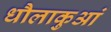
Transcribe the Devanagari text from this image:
धौलाकुआं